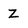
Character: Z